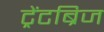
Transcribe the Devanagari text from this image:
ट्रेंटब्रिज